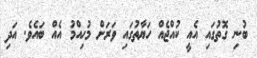
ބުނި ގޮތުގައި އެއީ ކުއްޖެއް ހަޔާތުގައި ވަރަށް މުހިއްމު އެއް ބައެވެ. އަދި